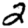
Digit: 2